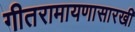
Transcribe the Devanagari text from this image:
गीतरामायणासारखी